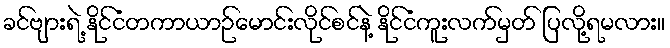
ခင်ဗျားရဲ့ နိုင်ငံတကာယာဉ်မောင်းလိုင်စင်နဲ့ နိုင်ငံကူးလက်မှတ် ပြလို့ရမလား။